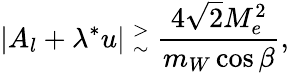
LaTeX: \vert A_{l}+\lambda^{\ast}u\vert~{^>_{\sim}}~{\frac{4\sqrt 2M_{e}^{2}}{m_{W}\cos\beta}},